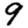
Digit: 9